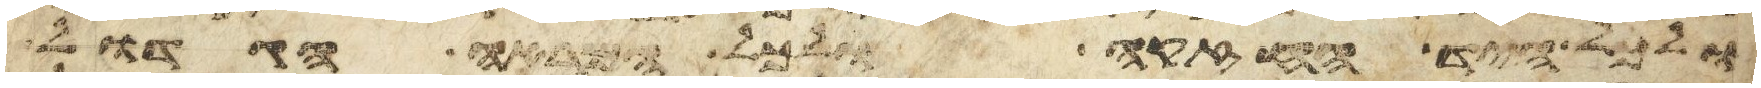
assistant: ולכל היד החזקה ולכל המראה הגדול